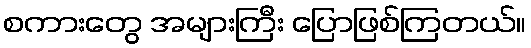
စကားတွေ အများကြီး ပြောဖြစ်ကြတယ်။